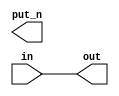
module test(
    input in,
    output out,
    output put_n);
    
    assign out = in;
    assign out_n = ~in;
endmodule